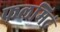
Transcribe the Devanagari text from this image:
फलमिदं